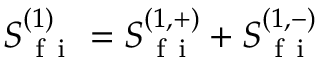
S _ { \mathrm { ~ f ~ i ~ } } ^ { ( 1 ) } = S _ { \mathrm { ~ f ~ i ~ } } ^ { ( 1 , + ) } + S _ { \mathrm { ~ f ~ i ~ } } ^ { ( 1 , - ) }